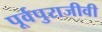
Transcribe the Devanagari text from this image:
पूर्वपुराजीवी